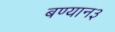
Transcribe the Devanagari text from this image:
बण्यान३